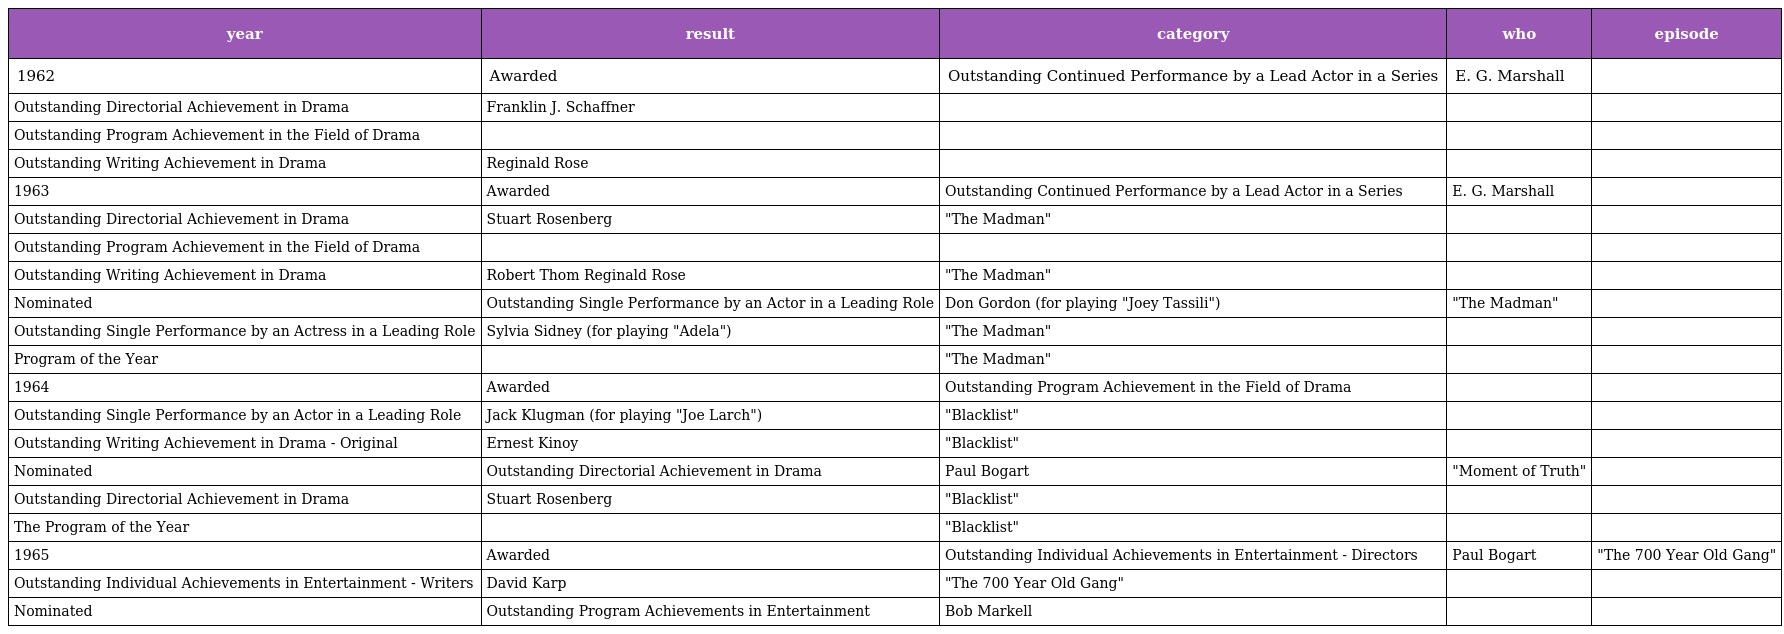
| year | result | category | who | episode |
 | --- | --- | --- | --- | --- |
 | 1962 | Awarded | Outstanding Continued Performance by a Lead Actor in a Series | E. G. Marshall |  |
 | Outstanding Directorial Achievement in Drama | Franklin J. Schaffner |  |  |  |
 | Outstanding Program Achievement in the Field of Drama |  |  |  |  |
 | Outstanding Writing Achievement in Drama | Reginald Rose |  |  |  |
 | 1963 | Awarded | Outstanding Continued Performance by a Lead Actor in a Series | E. G. Marshall |  |
 | Outstanding Directorial Achievement in Drama | Stuart Rosenberg | "The Madman" |  |  |
 | Outstanding Program Achievement in the Field of Drama |  |  |  |  |
 | Outstanding Writing Achievement in Drama | Robert Thom Reginald Rose | "The Madman" |  |  |
 | Nominated | Outstanding Single Performance by an Actor in a Leading Role | Don Gordon (for playing "Joey Tassili") | "The Madman" |  |
 | Outstanding Single Performance by an Actress in a Leading Role | Sylvia Sidney (for playing "Adela") | "The Madman" |  |  |
 | Program of the Year |  | "The Madman" |  |  |
 | 1964 | Awarded | Outstanding Program Achievement in the Field of Drama |  |  |
 | Outstanding Single Performance by an Actor in a Leading Role | Jack Klugman (for playing "Joe Larch") | "Blacklist" |  |  |
 | Outstanding Writing Achievement in Drama - Original | Ernest Kinoy | "Blacklist" |  |  |
 | Nominated | Outstanding Directorial Achievement in Drama | Paul Bogart | "Moment of Truth" |  |
 | Outstanding Directorial Achievement in Drama | Stuart Rosenberg | "Blacklist" |  |  |
 | The Program of the Year |  | "Blacklist" |  |  |
 | 1965 | Awarded | Outstanding Individual Achievements in Entertainment - Directors | Paul Bogart | "The 700 Year Old Gang" |
 | Outstanding Individual Achievements in Entertainment - Writers | David Karp | "The 700 Year Old Gang" |  |  |
 | Nominated | Outstanding Program Achievements in Entertainment | Bob Markell |  |  |